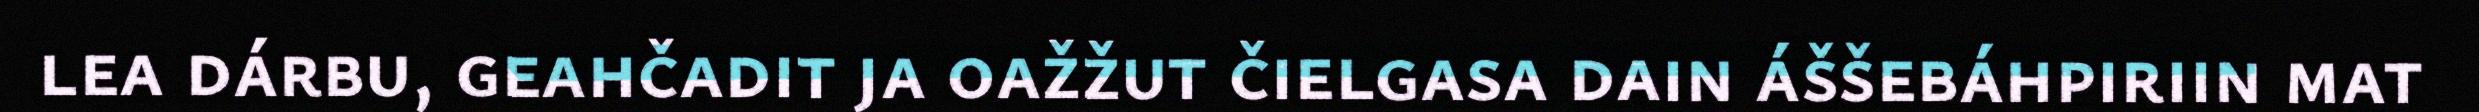
lea dárbu, geahčadit ja oažžut čielgasa dain áššebáhpiriin mat